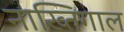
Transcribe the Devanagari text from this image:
नाख्तिगाल